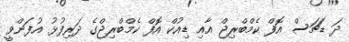
ދަ ޑަޗަސް އޮފް ކެމްބްރިޖް އާއި ޑިއުކް އޮފް ކެމްބްރިޖްގެ ދަރިފުޅު އުފަންވީ